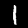
Digit: 1